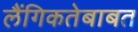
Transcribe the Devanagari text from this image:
लैंगिकतेबाबत